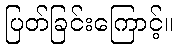
ပြတ်ခြင်းကြောင့်။